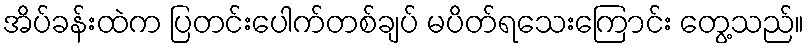
အိပ်ခန်းထဲက ပြတင်းပေါက်တစ်ချပ် မပိတ်ရသေးကြောင်း တွေ့သည်။